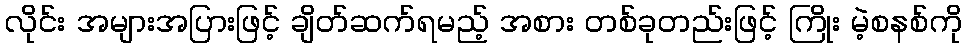
လိုင်း အများအပြားဖြင့် ချိတ်ဆက်ရမည့် အစား တစ်ခုတည်းဖြင့် ကြိုး မဲ့စနစ်ကို